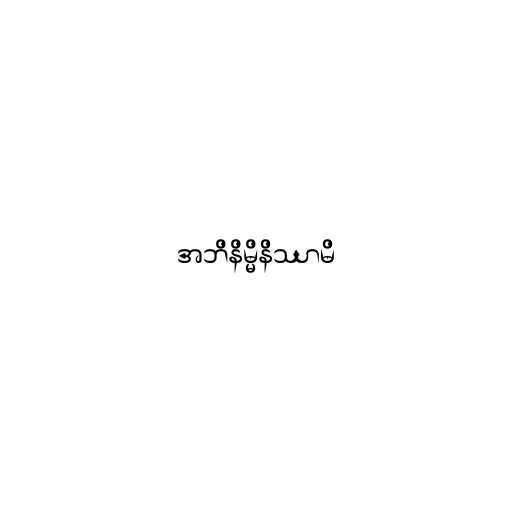
အဘိနိမ္မိနိဿာမိ